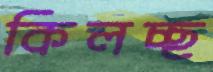
কিলচ্ছ